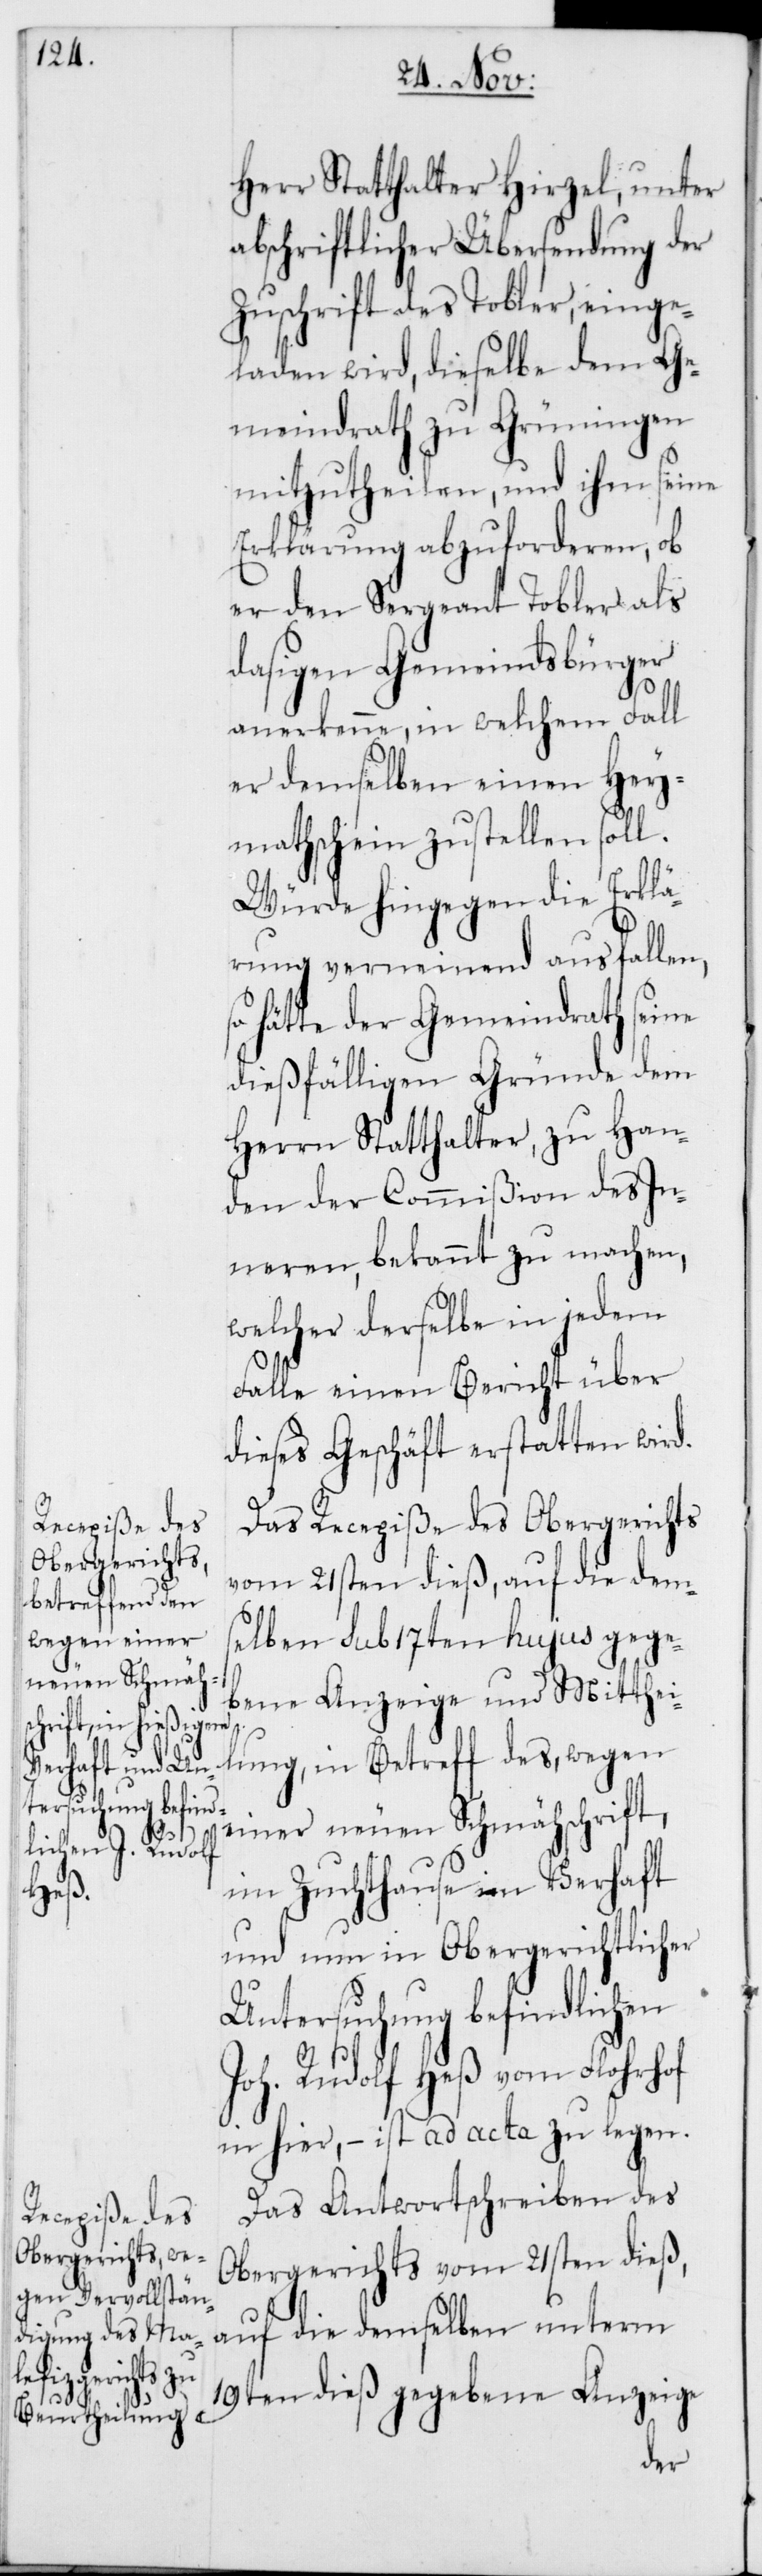
Herr Statthalter Hirzel, unter
abschriftlicher Übersendung der
Zuschrift des Tobler, einge¬
laden wird, dieselbe dem Ge¬
meindrath zu Grüningen
mitzutheilen, und ihm seine
Erklärung abzuforderen, ob
er den Sergeant Tobler als
dasigen Gemeindsbürger
anerkenne, in welchem Fall
er demselben einen Hey¬
mathschein zustellen soll.
Würde hingegen die Erklä¬
rung verneinend ausfallen,
hätte der Gemeindrath seine
dießfälligen Gründe dem
Herrn Statthalter zu Han¬
den der Commißion des In¬
neren, bekannt zu machen,
welcher derselbe in jedem
Falle einen Bericht über
dieses Geschäft erstatten wird.
Das Recepiße des Obergerichts
vom 21sten dieß, auf die dems¬
elben sub 17ten hujus gege¬
bene Anzeige und Mitthei¬
lung, in Betreff des, wegen
einer neuen Schmähschrift,
im Zuchthause im Verhaft
und nun in Obergerichtlicher
Untersuchung befindlichen
Joh. Rudolf Heß vom Florhof
in hier, – ist ad acta zu legen.
Das Antwortschreiben des
Obergerichts vom 21sten dieß,
auf die demselben unterm
19ten dieß gegebene Anzeige